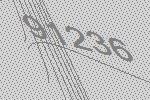
91236